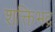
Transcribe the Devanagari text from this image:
शक्तिभद्र